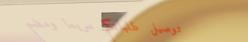
توصيل طلباتكم سريعاً ومضم